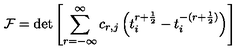
{ \cal F } = \det \left[ \sum _ { r = - { \infty } } ^ { \infty } c _ { r , j } \left( t _ { i } ^ { r + \frac { 1 } { 2 } } - t _ { i } ^ { - ( r + \frac { 1 } { 2 } ) } \right) \right]